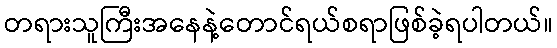
တရားသူကြီးအနေနဲ့တောင်ရယ်စရာဖြစ်ခဲ့ရပါတယ်။